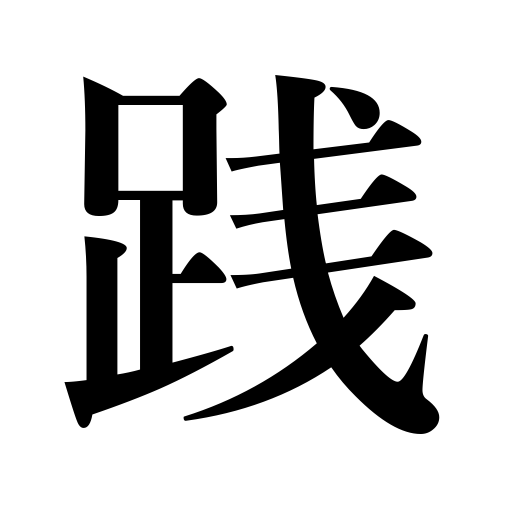
Meanings: evade payment,carry through,practice,appraise,set foot on,trample on,step on,stamp on